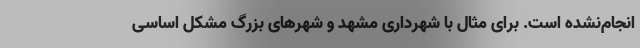
انجام‌نشده است. برای مثال با شهرداری مشهد و شهرهای بزرگ مشکل اساسی